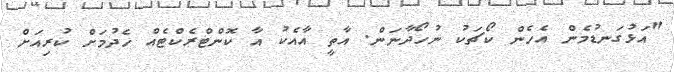
"އަޅުގަނޑުމެން އެހެން ކޯޗަކު ނުހޯދާނަން. އާތީ އާއެކު އާ ކޮންޓްރެކްޓެއް ހެދުމަށް ކުރިއަށް